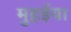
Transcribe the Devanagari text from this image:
मुहईया